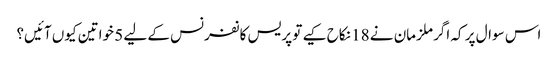
اس سوال پر کہ اگر ملزمان نے 18 نکاح کیے تو پریس کانفرنس کے لیے 5 خواتین کیوں آئیں؟